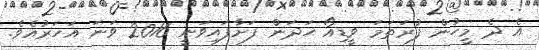
އެ ދެ މީހުން ފުރަތަމަ ވީޑިއޯ ހަދަން ފަށާފައިވަނީ 2016 ވަނަ އަހަރުއެވެ.